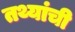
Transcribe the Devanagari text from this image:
तथ्यांची